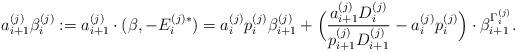
LaTeX: \begin{align*}a^{(j)}_{i+1}\beta^{(j)}_{i}:=a^{(j)}_{i+1}\cdot(\beta,-E_i^{(j)*})=a^{(j)}_{i}p^{(j)}_{i}\beta^{(j)}_{i+1}+\Big(\frac{a^{(j)}_{i+1}D^{(j)}_{i}}{p^{(j)}_{i+1}D^{(j)}_{i+1}}-a^{(j)}_{i}p^{(j)}_{i}\Big)\cdot\beta^{\Gamma^{(j)}_i}_{i+1}.\end{align*}